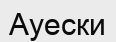
Ауески